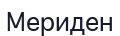
Мериден